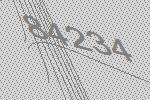
84234